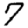
Digit: 7